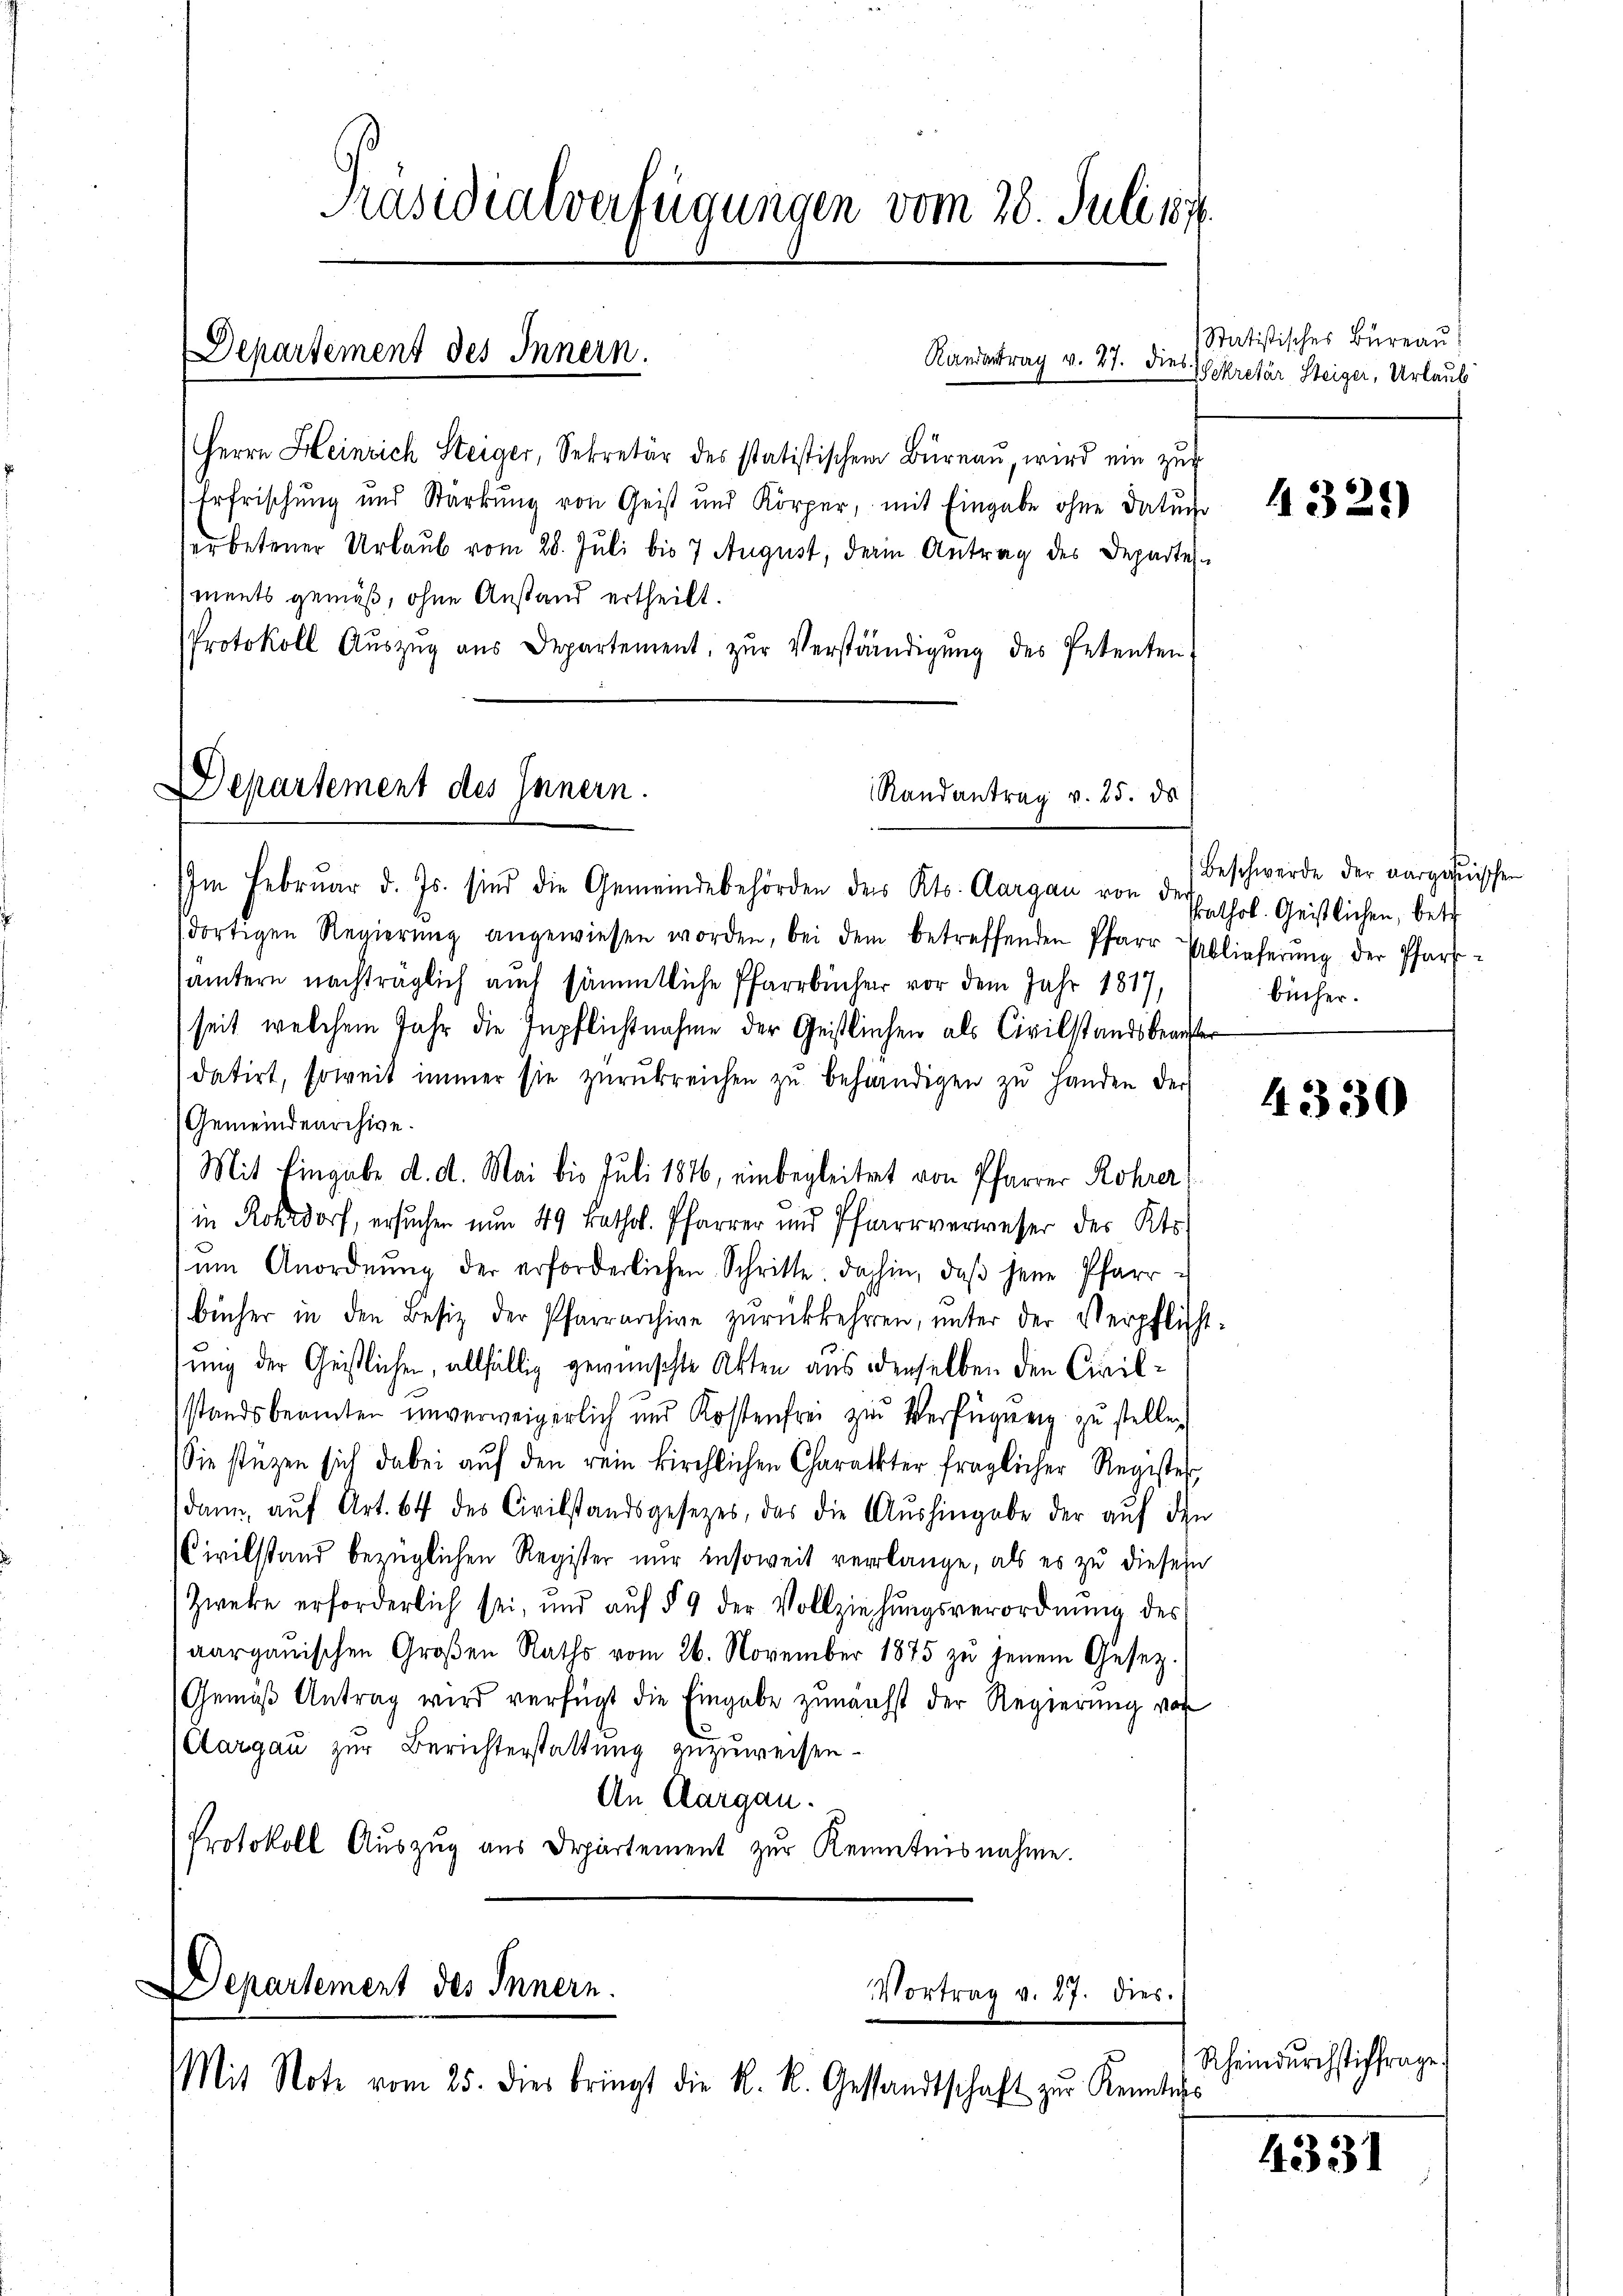
Herrn Heinrich Steiger, Sekretär des statistischen Büreau, wird ein zug
Erfrischung und Stärkung von Geist und Körper, mit Eingabe ohne Datuch
erbetener Urlaub vom 28. Juli bis 7 August, derin Antrag des Departes
ments gemäß, ohne Anstand ertheilt.
Protokoll Aŭszŭg aŭs Departement, zŭr Verständigŭng des Petenten.
Departement des Innern.
Randantrag v. 25. ds

Präsidialverfügungen vom 28. Juli 187.
Departement des Innern.
Randertrag v. 27. Dies

Im Februar d. Js. sind die Gemeindebehörden des Kts. Aargau von der Erhol. Geistlichen, betr
dortigen Regierŭng angewiesen worden, bei dem betreffenden Pfarr Ablieferŭng der Pfarr-
sämtern nachträglich auch sämmtliche Pfarrbücher vor dem Jahr 1817,
seit welchem Jahr die Inpflichtnahme der Geistlichen als Civilstandsbeanster
datirt, soweit immer sie zŭrückreichen zŭ behändigen zŭ handen der
Gemeindearchive.
Mit Eingabe d. d. Mai bis Juli 1876, einbegleitet von Pfarrer Rohrer
in Rordorf, ersuchen nun 49 kathol. Pfarrer und Pfarrverweser des Kts.
ŭm Anordnŭng der erforderlichen Schritte dahin, daβ jene Pfarr-
bücher in den Besiz der Pfarrarchive zurückkehren, unter der Verpflicht-
sung der Geistlichen, allfällig gewünschte Akten aus denselben den Civilstandsbeamten unverweigerlich und Kostenfrei zŭr Verfügung zu stellen
Sie stüzen sich dabei aŭf den rein kirchlichen Charakter fraglicher Register
dann, aŭf Art. 64 des Civilstandsgesetzes, das die Aŭshingabe der aŭf den
Civilstand bezüglichen Register nur insoweit verlange, als es zu diesem
Zweke erforderlich sei, und aŭf § 9 der Vollziehŭngsverordnŭng des
aargauischen Großen Raths vom 26. November 1875 zu jenem Gesez.
Gemäß Antrag wird verfügt die Eingabe zunächst der Regierung von
Clargau zur Berichterstattung zuzuweisen.
An Aargau.
Protokoll Auszug aus Departement zur Kenntnisnahme.

Departement des Innern.
Vortrag v. 27. dies.
Mit Note vom 25. dies bringt die K. R. Gesandtschaft zur Kenntnis

Statistisches Büreau
Sekretär Steiger, Urlaub

4321)

Beschwerde der aargauischen
bücher.

4330

Rheindurchstiffrage.

4331